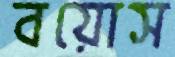
বয়োস